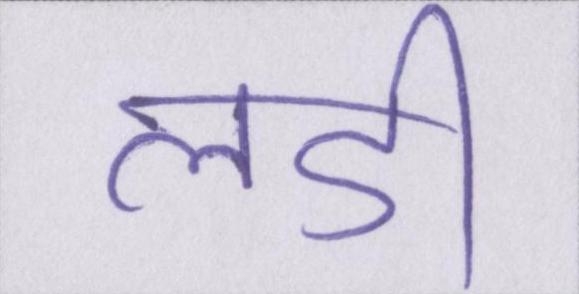
लडी